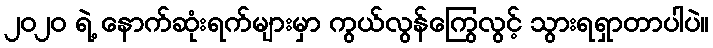
၂၀၂၀ ရဲ့ နောက်ဆုံးရက်များမှာ ကွယ်လွန်ကြွေလွင့် သွားရရှာတာပါပဲ။